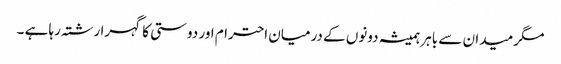
مگر میدان سے باہر ہمیشہ دونوں کے درمیان احترام اور دوستی کا گہرا رشتہ رہا ہے ۔